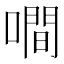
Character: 㗴